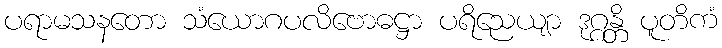
ပရာမသနတော သံယောဂပလိဗောဓဋ္ဌာ ပရိညေယျာ ဒုဂ္ဂန္တိ ပူတိကံ